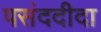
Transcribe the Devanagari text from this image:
पसंददीदा